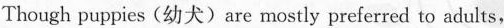
Though puppies (幼犬) are mostly preferred to adults,